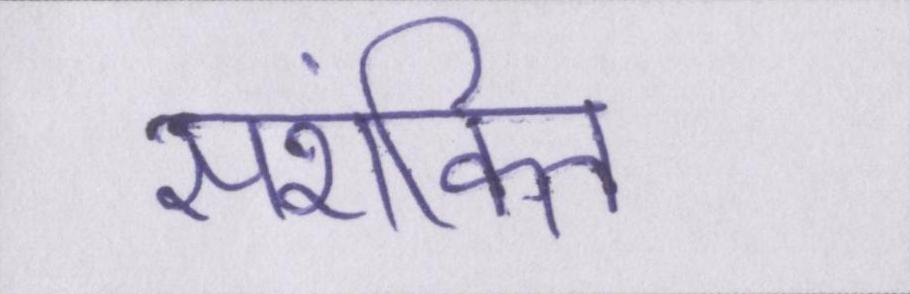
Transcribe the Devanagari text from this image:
सशंकित